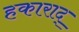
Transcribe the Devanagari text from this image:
हकाराद्